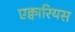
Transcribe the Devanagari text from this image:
एक्वारियस